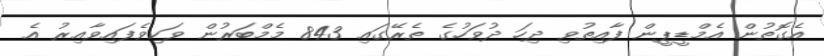
އެގޮތުން އެމްޑީޕީން ފާއިތުވި ދިހަ ދުވަހުގެ ތެރޭގައި 843 މެމްބަރުން ވަކިވެފައިވާއިރު އެ